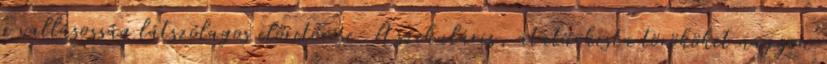
a vallásosság látszólagos előretörése. A szekuláris, atatürkista törököket nagyon